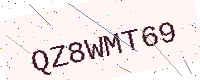
Text: QZ8WMT69